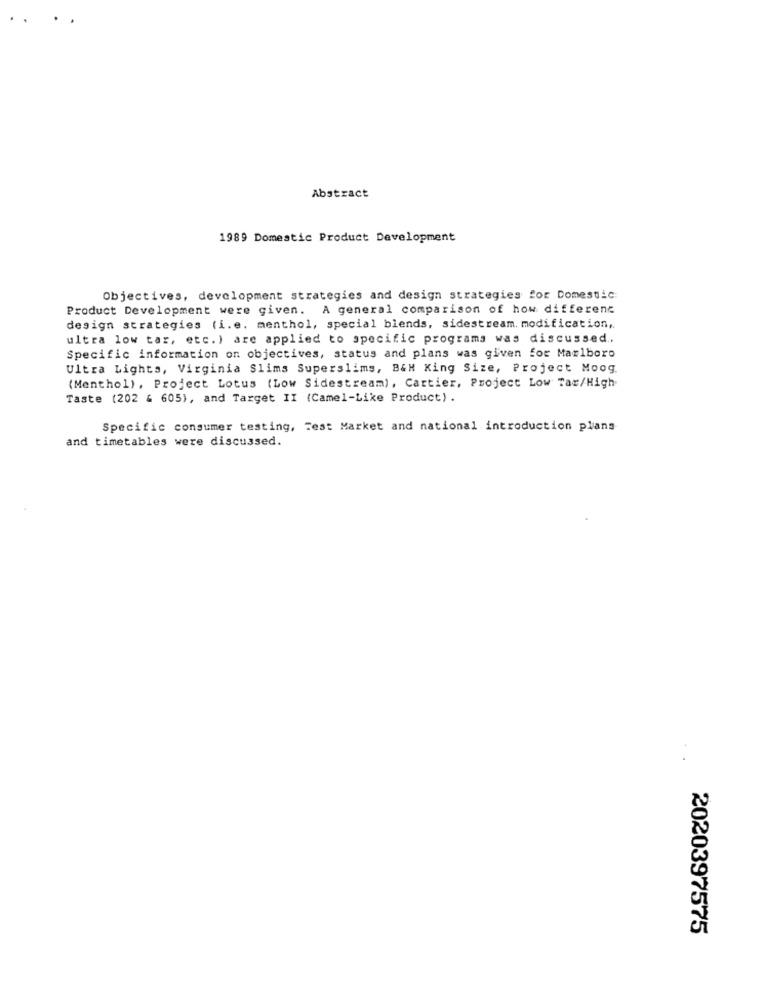
Abstract
1989 Domestic Product Development
Objectives, development strategies and design strategies for Domestic
Product Development were given. A general comparison of how different
design strategies (i. e. menthol, special blends, sidestream. modification ,.
ultra low tar, etc. ) are applied to specific programs was discussed ..
Specific information on objectives, status and plans was given for Marlboro
Ultra Lights, Virginia Slims Superslims, B&H King Size, Project Moog.
(Menthol), Project Lotus (Low Sidestream), Cartier, Project Low Tax/High
Taste (202 & 605), and Target II (Camel-Like Product) .
Specific consumer testing, Test Market and national introduction plans
and timetables were discussed.
2020397575